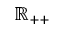
\mathbb { R } _ { + + }